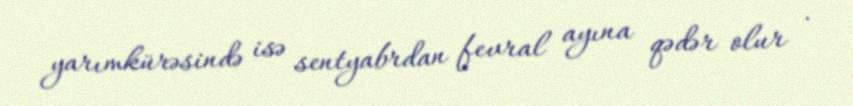
yarımkürəsində isə sentyabrdan fevral ayına qədər olur .